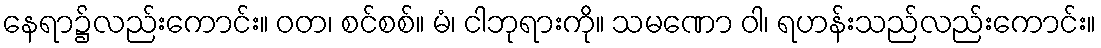
နေရာ၌လည်းကောင်း။ ဝတ၊ စင်စစ်။ မံ၊ ငါဘုရားကို။ သမဏော ဝါ၊ ရဟန်းသည်လည်းကောင်း။